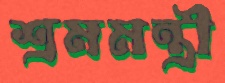
শ্রমমন্ত্রী